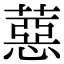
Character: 𦼇